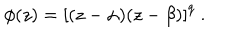
LaTeX: \phi ( z ) = \left[ ( z - \alpha ) ( z - \beta ) \right] ^ { q } \ .